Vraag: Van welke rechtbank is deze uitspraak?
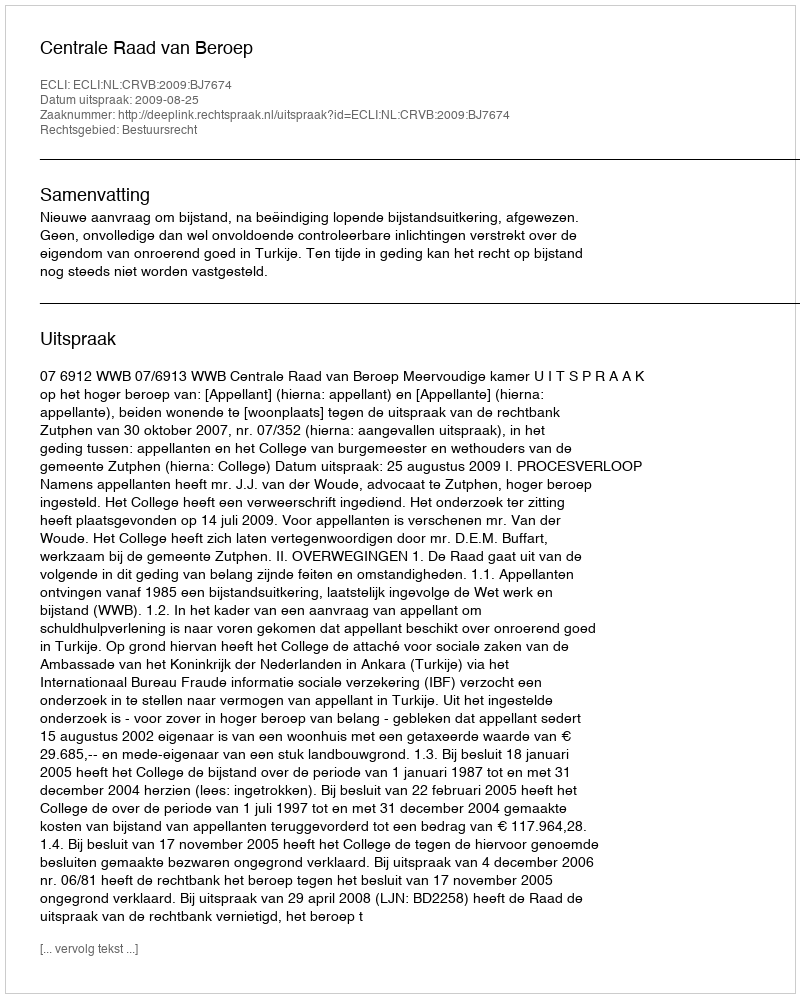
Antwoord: Centrale Raad van Beroep